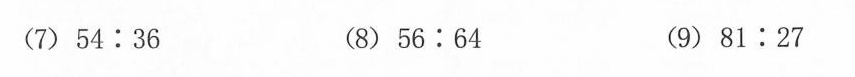
(7)$$5 4 : 3 6$$ (8)$$5 6 : 6 4$$ (9)$$8 1 : 2 7$$